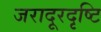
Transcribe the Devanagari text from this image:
जरादूरदृष्टि